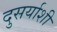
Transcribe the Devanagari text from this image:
दुसर्याशी